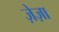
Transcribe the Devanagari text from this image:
ज़ेज़ा